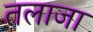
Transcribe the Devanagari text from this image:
तलाजा